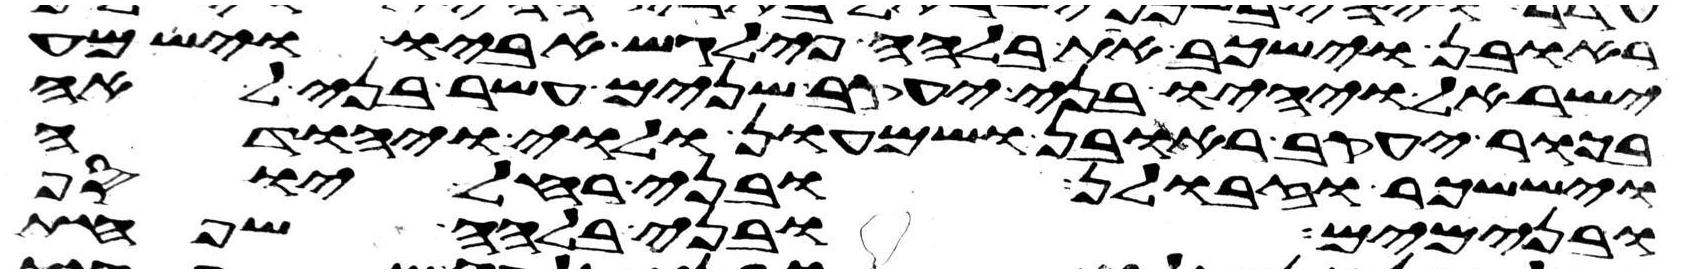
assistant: ראובן וישכב את בלהה פילגש אביו וישמע
ישראל ויהיו בני יעקב שנים עשר בני לאה
בכור יעקב ראובן ושמעון ולוי ויהודה
ויששכר וזבולן ובני רחל יוסף
ובנימים ובני בלהה שפחת